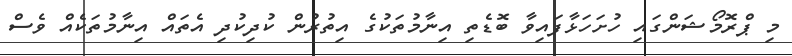
މި ޕްރޮމޯޝަންގައި ހުށަހަޅާފައިވާ ބޮޑެތި އިނާމުތަކުގެ އިތުރުން ކުދިކުދި އެތައް އިނާމުތަކެއް ވެސް